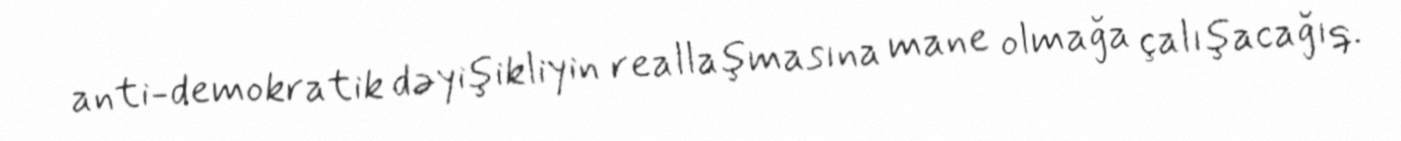
anti-demokratik dəyişikliyin reallaşmasına mane olmağa çalışacağıq.